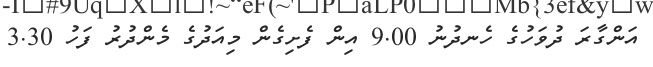
އަންގާރަ ދުވަހުގެ ހެނދުނު 9.00 އިން ފެށިގެން މިއަދުގެ މެންދުރު ފަހު 3.30